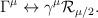
LaTeX: \begin{align*}\Gamma^\mu \leftrightarrow \gamma^\mu \mathcal{R}_{\mu/2} .\end{align*}